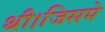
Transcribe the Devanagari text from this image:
थी।जिसमे